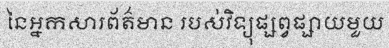
នៃអ្នកសារព័ត៌មាន របស់វិទ្យុផ្សព្វផ្សាយមួយ